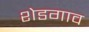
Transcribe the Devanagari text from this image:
शेडगाव